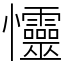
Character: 㦭